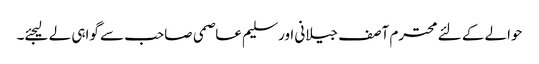
حوالے کے لئے محترم آصف جیلانی اور سلیم عاصمی صاحب سے گواہی لے لیجئے۔